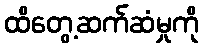
ထိတွေ့ဆက်ဆံမှုကို